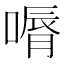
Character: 𠼉